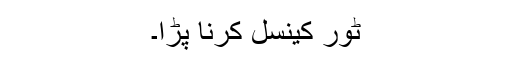
ٹور کینسل کرنا پڑا۔